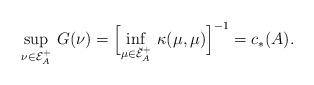
LaTeX: \begin{align*}\sup_{\nu\in\mathcal E^+_A}\,G(\nu)=\Bigl[\inf_{\mu\in\breve{\mathcal E}^+_A}\,\kappa(\mu,\mu)\Bigr]^{-1}=c_*(A).\end{align*}